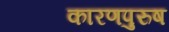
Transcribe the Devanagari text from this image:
कारणपुरुष